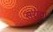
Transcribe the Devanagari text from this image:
सरोवा